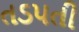
તડપતી